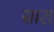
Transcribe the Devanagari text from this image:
साश